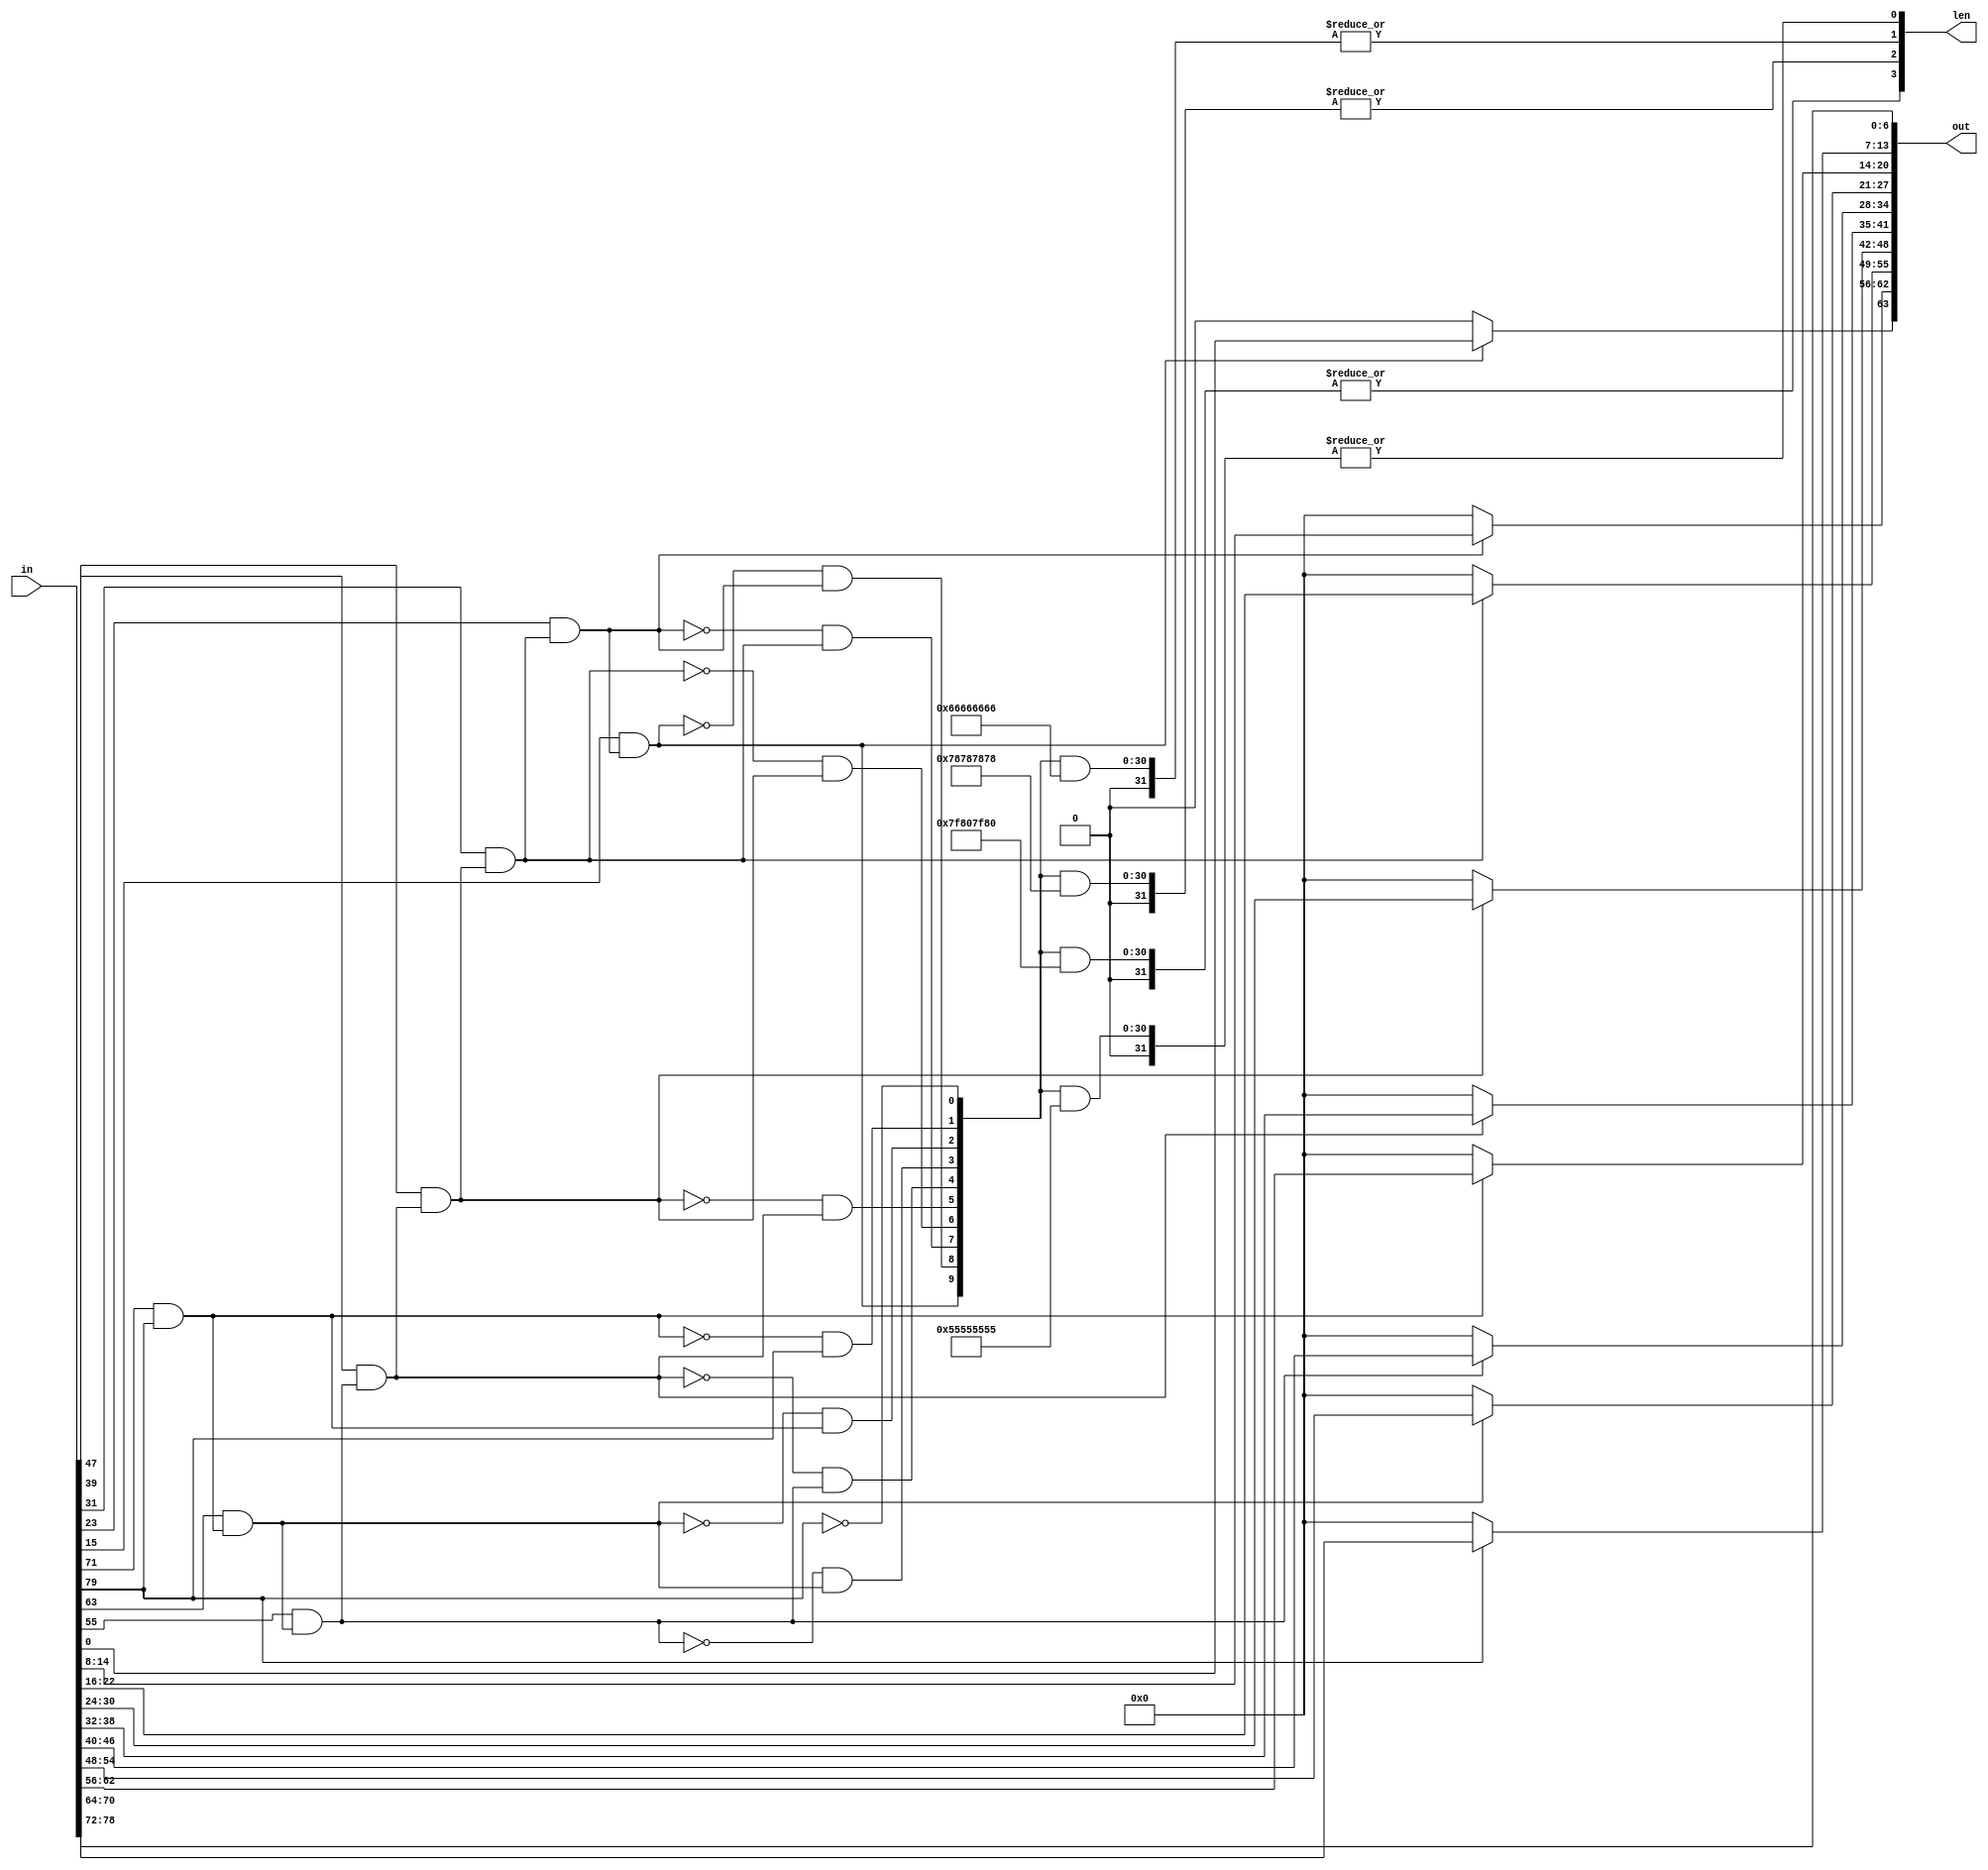
module unpack_unsigned #(
  parameter N = 64
)
(
  input      [           0:M-1] in,
  output reg [         N-1:  0] out,
  output reg [$clog2(MB)-1:  0] len
);

  localparam MB = N/7+1;
  localparam M  = MB*8;

  integer i;
  reg [MB-1:0] gl, ub, ho;

  always @* begin
    for(i=0; i<=MB-1; i=i+1) begin
      gl [i       ] = in[i*8       ];  // Glue bits
      out[i*7 +: 7] = in[i*8+1 +: 7];  // Data chunks
    end

    // Used bytes
    ub[0] = 1;

    for(i=1; i<=MB-1; i=i+1)
      ub[i] = gl[i-1] & ub[i-1];  // Should use more optimus &gl[i-1:0] instead

    // Get high order byte
    for(i=0; i<=MB-2; i=i+1)
      ho[i] = !ub[i+1] & ub[i];

    ho[MB-1] = ub[MB-1];

    // Generate decoded number
    for(i=0; i<=MB-1; i=i+1)
      if(!ub[i])
        out[i*7 +: 7] = 7'b0;

    // Positional to binary
                len[0] = |(ho & 32'b01010101010101010101010101010101);
    if(N >   7) len[1] = |(ho & 32'b01100110011001100110011001100110);
    if(N >  21) len[2] = |(ho & 32'b01111000011110000111100001111000);
    if(N >  49) len[3] = |(ho & 32'b01111111100000000111111110000000);
    if(N > 105) len[4] = |(ho & 32'b01111111111111111000000000000000);
  end

endmodule